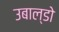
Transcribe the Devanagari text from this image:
उबाल्डो